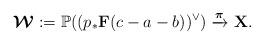
LaTeX: \begin{align*}\boldsymbol{\mathcal{W}}:=\mathbb{P}((p_*\mathbf{F}(c-a-b))^{\vee})\xrightarrow{\boldsymbol{\pi}}\mathbf{X}.\end{align*}